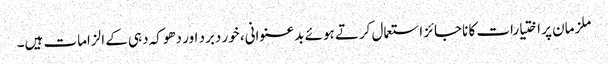
ملزمان پر اختیارات کا ناجائز استعمال کرتے ہوئے بدعنوانی، خور دبرد اور دھوکہ دہی کے الزامات ہیں۔